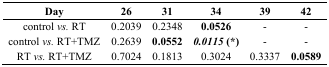
<table><thead><tr><td><b>Day</b></td><td><b>26</b></td><td><b>31</b></td><td><b>34</b></td><td><b>39</b></td><td><b>42</b></td></tr></thead><tbody><tr><td>control <i>vs.</i> RT</td><td>0.2039</td><td>0.2348</td><td><b>0.0526</b></td><td>-</td><td>-</td></tr><tr><td>control <i>vs.</i> RT+TMZ</td><td>0.2639</td><td><b>0.0552</b></td><td><b><i>0.0115</i></b><b>(</b>*<b>)</b></td><td>-</td><td>-</td></tr><tr><td>RT <i>vs.</i> RT+TMZ</td><td>0.7024</td><td>0.1813</td><td>0.3024</td><td>0.3337</td><td><b>0.0589</b></td></tr></tbody></table>